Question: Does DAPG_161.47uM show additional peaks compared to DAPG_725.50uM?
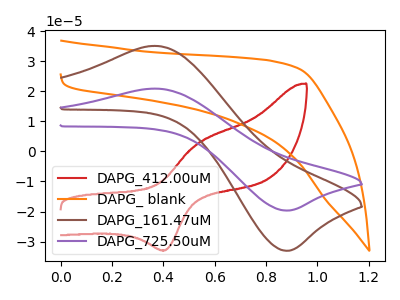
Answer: <think>The red curve "DAPG_412.00uM" has an anodic peak at (0.55V, 2.40uA) and a cathodic peak at (0.40V, -32.85uA). The orange curve "DAPG_ blank" has no peaks. The brown curve "DAPG_161.47uM" has an anodic peak at (0.35V, 35.10uA) and a cathodic peak at (0.90V, -33.05uA). The purple curve "DAPG_725.50uM" has an anodic peak at (0.35V, 20.90uA) and a cathodic peak at (0.90V, -19.65uA).
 All the peaks in "DAPG_161.47uM" have a peak in "DAPG_725.50uM" at the same potential. Every peak in "DAPG_161.47uM" is higher than every peak in "DAPG_725.50uM".</think>
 <answer>No, "DAPG_161.47uM" and "DAPG_725.50uM" don't appear to be significantly different in shape</answer>
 <eval>no_change</eval>